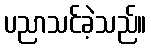
ပညာသင်ခဲ့သည်။